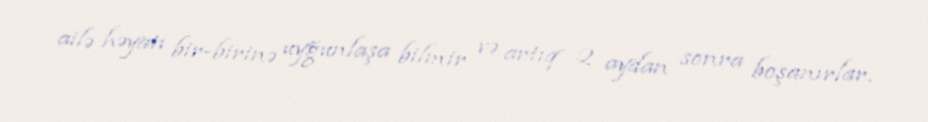
ailə həyatı bir-birinə uyğunlaşa bilmir və artıq 2 aydan sonra boşanırlar.